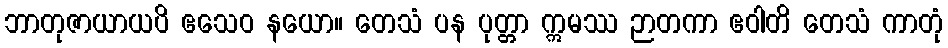
ဘာတုဇာယာယပိ ဧသေဝ နယော။ တေသံ ပန ပုတ္တာ ဣမဿ ဉာတကာ ဧဝါတိ တေသံ ကာတုံ